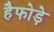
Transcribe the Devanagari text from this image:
हैफोड़े